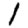
Digit: 1